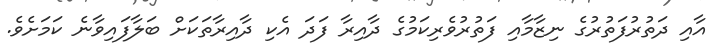
އާއި ދަތުރުފަތުރުގެ ނިޒާމާއި ފަތުރުވެރިކަމުގެ ދާއިރާ ފަދަ އެކި ދާއިރާތަކަށް ބަލާފައިވާނެ ކަމަށެވެ.